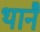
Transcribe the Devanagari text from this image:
थानै